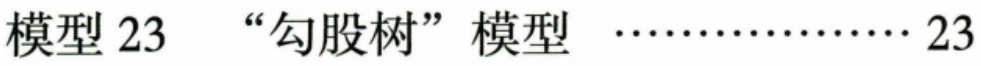
模型 23 “勾股树” 模型 ……………… 23